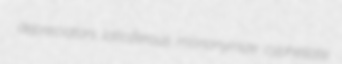
depreciators laticiferous mononymize cyphellate